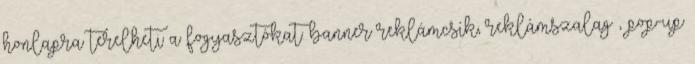
honlapra terelheti a fogyasztókat: banner reklámcsík, reklámszalag , pop-up